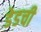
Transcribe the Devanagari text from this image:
डेडची